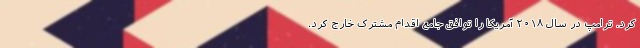
کرد. ترامپ در سال ۲۰۱۸ آمریکا را توافق جامع اقدام مشترک خارج کرد.